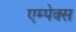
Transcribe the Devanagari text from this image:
एम्पेक्स